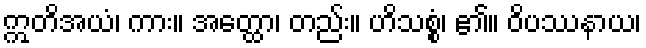
ဣတိအယံ၊ ကား။ အတ္ထော၊ တည်း။ ဟိသစ္စံ၊ ၏။ ဝိပဿနာယ၊